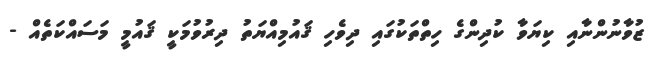
ޒުވާނުންނާއި ކިޔަވާ ކުދިންގެ ހިތްތަކުގައި ދިވެހި ޤައުމިއްޔަތު ދިރުވުމަކީ ޤައުމީ މަސައްކަތެއް -